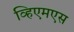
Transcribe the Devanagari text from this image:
व्हिएमएस